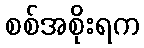
စစ်အစိုးရက